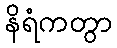
နိရံကတွာ